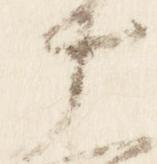
十